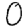
Digit: 0